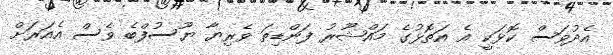
އެދުވަސް ކޮޅަކީ އެ އަތޮޅުގެ މައްޝޫރު ފަންޑިތަ ވެރިޔާ ޔޫސުފްބެ ވެސް އެއަރަށް